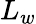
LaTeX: L_{w}